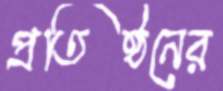
প্রতিষ্ঠনের